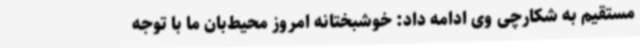
مستقیم به شکارچی وی ادامه داد: خوشبختانه امروز محیط‌بان ما با توجه